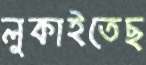
লুকাইতেছ